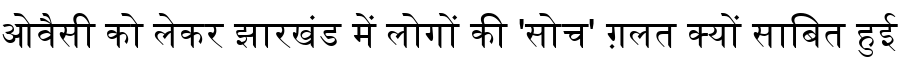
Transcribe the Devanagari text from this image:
ओवैसी को लेकर झारखंड में लोगों की 'सोच' ग़लत क्यों साबित हुई